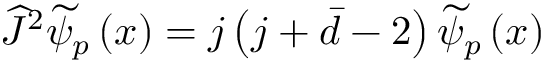
\begin{array} { r } { \widehat { J } ^ { 2 } \widetilde { \psi } _ { p } \left( \boldsymbol { x } \right) = j \left( j + \bar { d } - 2 \right) \widetilde { \psi } _ { p } \left( \boldsymbol { x } \right) } \end{array}